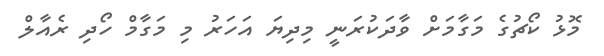
މޮޅު ކޯޗުގެ މަގާމަށް ވާދަކުރަނީ މިދިޔަ އަހަރު މި މަގާމް ހޯދި ރެއާލް